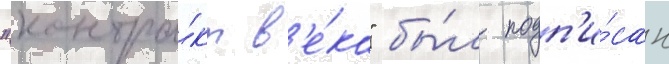
"контра́кт в'е́ка" бы́л подп'и́сан